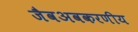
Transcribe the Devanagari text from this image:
जैवअवकरणीय